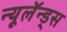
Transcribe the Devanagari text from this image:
न्यूलॅन्ड्स